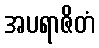
အပရာဇိတံ